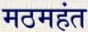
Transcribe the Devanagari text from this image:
मठमहंत